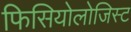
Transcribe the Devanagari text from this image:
फिसियोलोजिस्ट